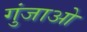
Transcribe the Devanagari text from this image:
गुंजाओ